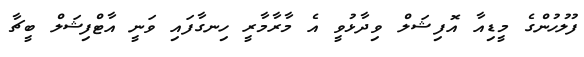
ފުލުހުންގެ މީޑިއާ އޮފިޝަލް ވިދާޅުވީ އެ މާރާމާރީ ހިނގާފައި ވަނީ އާޓްފިޝަލް ބީޗާ